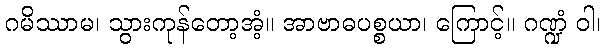
ဂမိဿာမ၊ သွားကုန်တော့အံ့။ အာဗာဓပစ္စယာ၊ ကြောင့်။ ဂဏ္ဍံ ဝါ၊